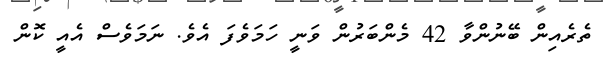
ތެރެއިން ބޭނުންވާ 42 މެންބަރުން ވަނީ ހަމަވެފަ އެވެ. ނަމަވެސް އެއީ ކޮން